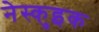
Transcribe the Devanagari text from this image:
नेस्कुइक